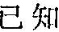
已知